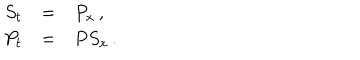
\begin{array} { r c l } { { S _ { t } } } & { { = } } & { { P _ { x } \, , } } \\ { { P _ { t } } } & { { = } } & { { P S _ { x } \, . } } \\ \end{array}